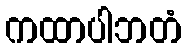
ကထာပါဘတံ